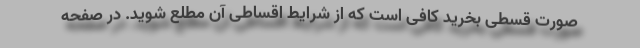
صورت قسطی بخرید کافی است که از شرایط اقساطی آن مطلع شوید. در صفحه